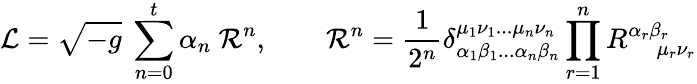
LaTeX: {\mathcal{L}}={\sqrt{-g}}\ \sum_{n=0}^{t}\alpha_{n}\ {\mathcal{R}}^{n},\qquad{\mathcal{R}}^{n}={\frac{1}{2^{n}}}\delta_{\alpha_{1}\beta_{1}...\alpha_{n}\beta_{n}}^{\mu_{1}\nu_{1}...\mu_{n}\nu_{n}}\prod_{r=1}^{n}R_{\quad\mu_{r}\nu_{r}}^{\alpha_{r}\beta_{r}}